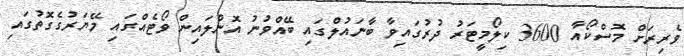
ވެރިރަށް މޮސްކޯއާ 3600 ކިލޯމީޓަރު ދުރުގައިވާ ބާނައުލްގައި ބޭއްވުނު އޮންލައިން ވޯޓެއްގައި މޭޔަރުގެގޮތުގައި